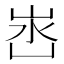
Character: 𭖛